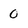
Character: O